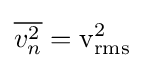
{\overline {v_{n}^{2}}}={\text{v}}_{\text{rms}}^{2}